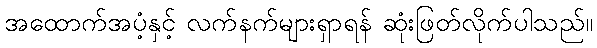
အထောက်အပံ့နှင့် လက်နက်များရှာရန် ဆုံးဖြတ်လိုက်ပါသည်။